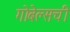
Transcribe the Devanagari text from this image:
गोबेल्सची